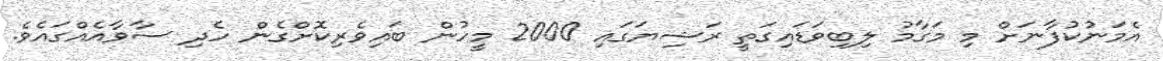
އެމަނުކުފާނަށް މި މަގާމު ލިބިވަޑައިގަތީ ރަޝިޔަގައި 2000 މީހުން ބައިވެރިކޮށްގެން ހެދި ސާވާއެއްގައެވެ.